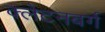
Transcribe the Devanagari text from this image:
क्लेटनबर्ग